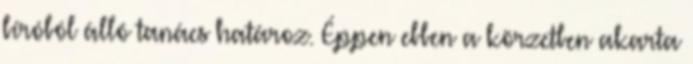
bíróból álló tanács határoz. Éppen ebben a körzetben akarta